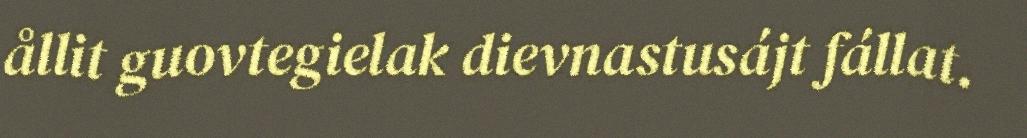
ållit guovtegielak dievnastusájt fállat.